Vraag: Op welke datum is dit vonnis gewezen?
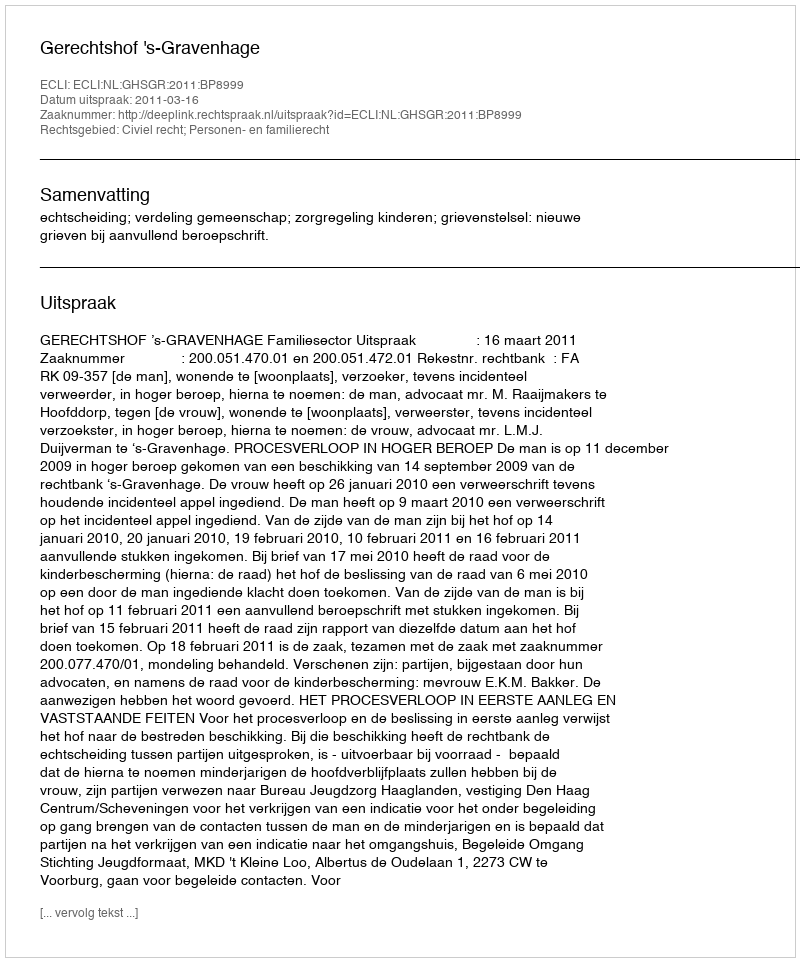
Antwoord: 2011-03-16